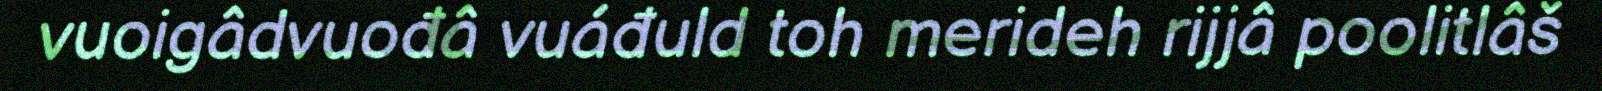
vuoigâdvuođâ vuáđuld toh merideh rijjâ poolitlâš